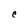
Character: C